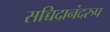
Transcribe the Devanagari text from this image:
सच्चिदानंदरुप